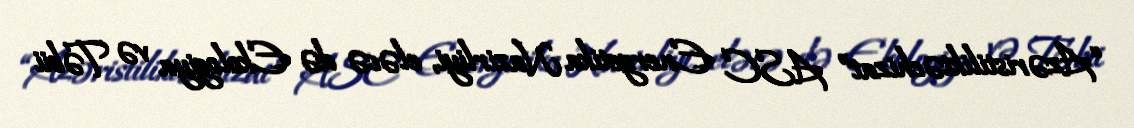
“Azəristiliktəchizat” ASC Energetika Nazirliyi, eləcə də Ekologiya və Təbii